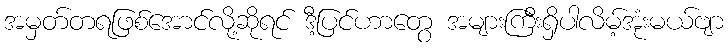
အမှတ်တရဖြစ်အောင်လို့ဆိုရင် ဒီ့ပြင်ဟာတွေ အများကြီးရှိပါလိမ့်အုံးမယ်ဗျာ